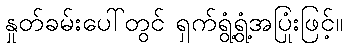
နှုတ်ခမ်းပေါ်တွင် ရှက်ရွံ့ရွံ့အပြုံးဖြင့်။